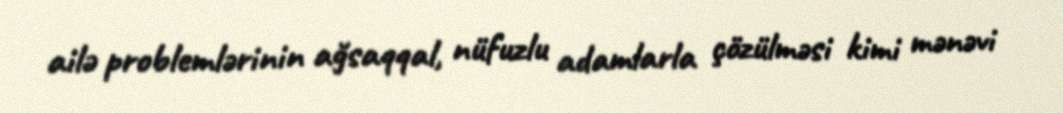
ailə problemlərinin ağsaqqal, nüfuzlu adamlarla çözülməsi kimi mənəvi